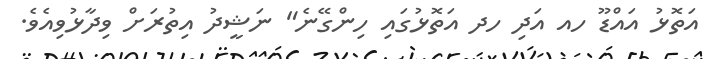
އަތޮޅު އައްޑޫ ހއ އަދި ހދ އަތޮޅުގައި ހިންގޭނެ" ނަޝީދު އިތުރަށް ވިދާޅުވިއެވެ.